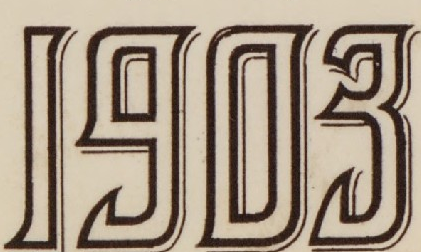
1903